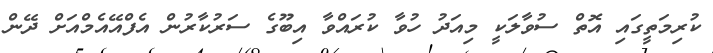
ކުރިމަތީގައި އޮތް ސުވާލަކީ މިއަދު ހުވާ ކުރައްވާ އިބޫގެ ސަރުކާރުން އެފްއޭއެމްއަށް ދޭން